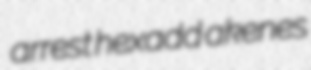
arrest hexadd akenes